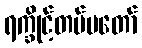
ရက္ခိုင့်တပ်မတော်